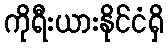
ကိုရီးယားနိုင်ငံရှိ